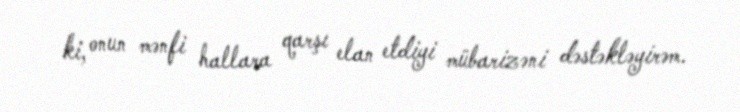
ki, onun mənfi hallara qarşı elan etdiyi mübarizəni dəstəkləyirəm.